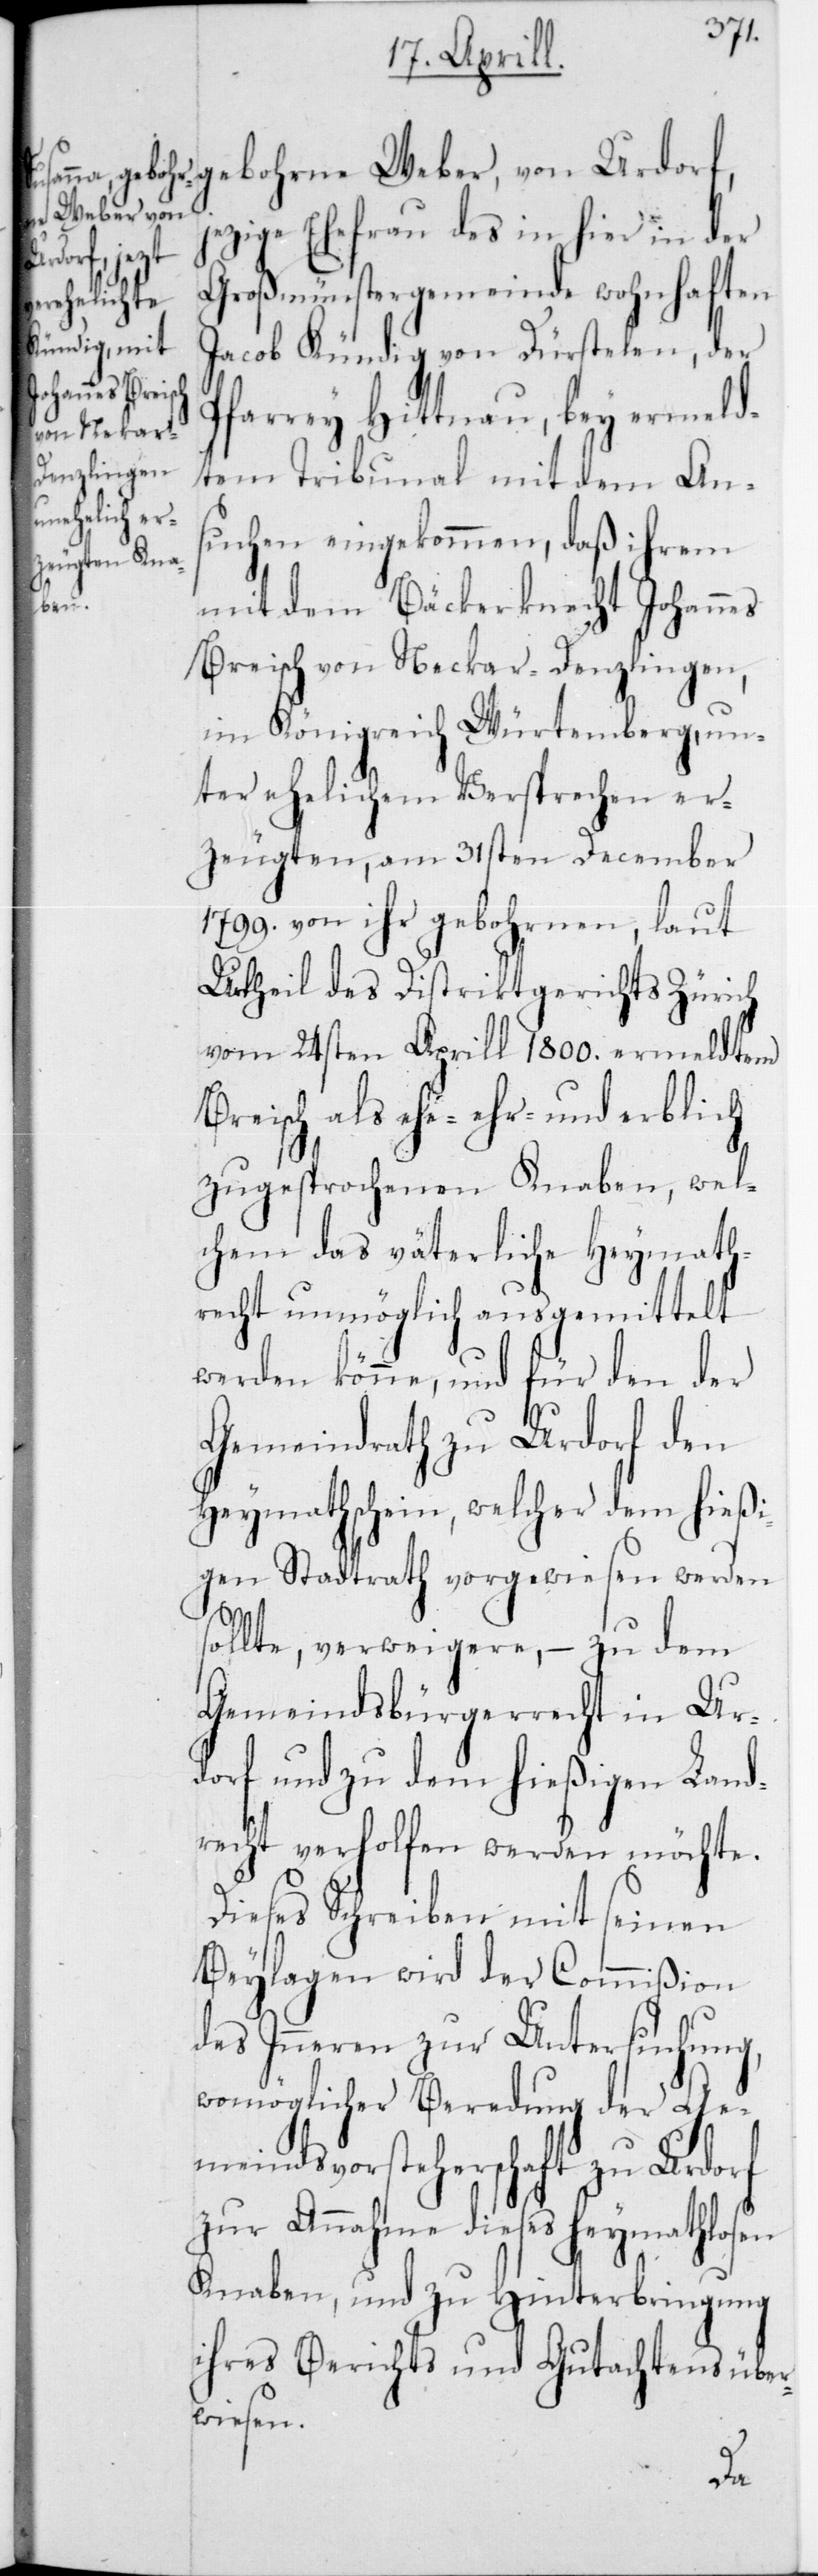
gebohrne Weber, von Urdorf,
jezige Ehefrau des in hier in der
erblich
Großmünstergemeinde wohnhaften
Jacob Kündig von Dürstelen, der
Pfarrey Hittnau, bey ermeld¬
tem Tribunal mit dem An¬
suchen eingekommen, daß ihrem
mit dem Bäckerknecht Johannes
Breisch von Neckar-Denzlingen
im Königreich Würtemberg, un¬
ter ehelichem Versprechen er¬
zeugten, am 31sten December
1799 von ihr gebohrnen, laut
Urtheil des Distriktgerichts Zürich
vom 24sten Aprill 1800 ermeldtem
zugesprochenen Knaben, wel¬
chem das väterliche Heymath¬
recht unmöglich ausgemittelt
werden könne, und für den der
Gemeindrath zu Urdorf den
Heymathschein, welcher dem hießi¬
gen Stadtrath vorgewiesen werden
sollte, verweigere, – zu dem
Gemeindsbürgerrecht in Ur¬
dorf und zu dem hießigen Land¬
recht verholfen werden möchte.
Dieses Schreiben mit seinen
Beylagen wird der Commißion
des Innern zur Untersuchung,
womöglicher Beredung der Ge¬
meindsvorsteherschaft zu Urdorf
zur Annahme dieses Heymathlosen
Knaben, und zu Hinterbringung
ihres Berichts und Gutachtens über¬
wiesen.